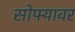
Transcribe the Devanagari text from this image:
सोफ्यावर